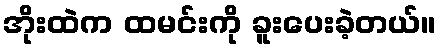
အိုးထဲက ထမင်းကို ခူးပေးခဲ့တယ်။